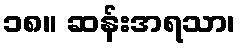
၁၈။ ဆန်းအရသာ၊